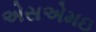
એસએમઇ